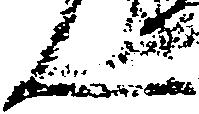
ん